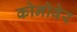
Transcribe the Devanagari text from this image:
कोनोवेर